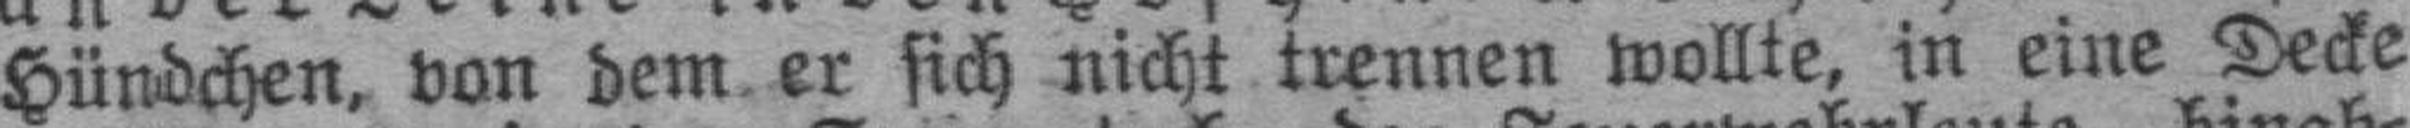
Hündchen, von dem er sich nicht trennen wollte, in eine Decke